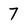
Character: 7